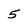
Character: 5